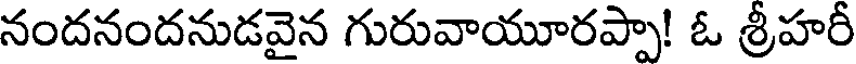
నందనందనుడవైన గురువాయూరప్పా! ఓ శ్రీహరీ